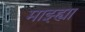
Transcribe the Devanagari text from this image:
माझ्ह्या